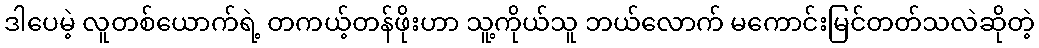
ဒါပေမဲ့ လူတစ်ယောက်ရဲ့ တကယ့်တန်ဖိုးဟာ သူ့ကိုယ်သူ ဘယ်လောက် မကောင်းမြင်တတ်သလဲဆိုတဲ့